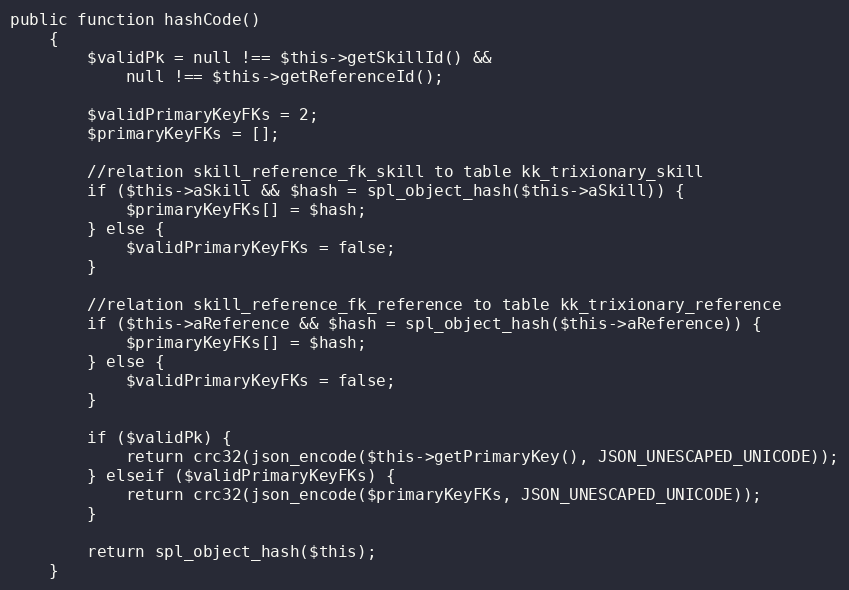
Language: PHP
public function hashCode()
    {
        $validPk = null !== $this->getSkillId() &&
            null !== $this->getReferenceId();

        $validPrimaryKeyFKs = 2;
        $primaryKeyFKs = [];

        //relation skill_reference_fk_skill to table kk_trixionary_skill
        if ($this->aSkill && $hash = spl_object_hash($this->aSkill)) {
            $primaryKeyFKs[] = $hash;
        } else {
            $validPrimaryKeyFKs = false;
        }

        //relation skill_reference_fk_reference to table kk_trixionary_reference
        if ($this->aReference && $hash = spl_object_hash($this->aReference)) {
            $primaryKeyFKs[] = $hash;
        } else {
            $validPrimaryKeyFKs = false;
        }

        if ($validPk) {
            return crc32(json_encode($this->getPrimaryKey(), JSON_UNESCAPED_UNICODE));
        } elseif ($validPrimaryKeyFKs) {
            return crc32(json_encode($primaryKeyFKs, JSON_UNESCAPED_UNICODE));
        }

        return spl_object_hash($this);
    }